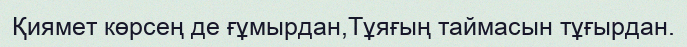
Қиямет көрсең де ғұмырдан,Тұяғың таймасын тұғырдан.